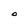
Character: O